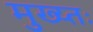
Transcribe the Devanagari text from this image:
मुख्य्तः